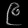
Digit: ၉